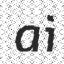
ai